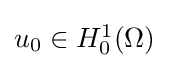
{\textstyle u_{0}\in H_{0}^{1}(\Omega )}